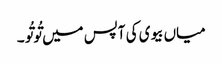
میاں بیوی کی آپس میں تُوتُو ۔